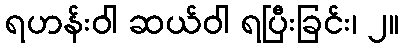
ရဟန်းဝါ ဆယ်ဝါ ရပြီးခြင်း၊ ၂။